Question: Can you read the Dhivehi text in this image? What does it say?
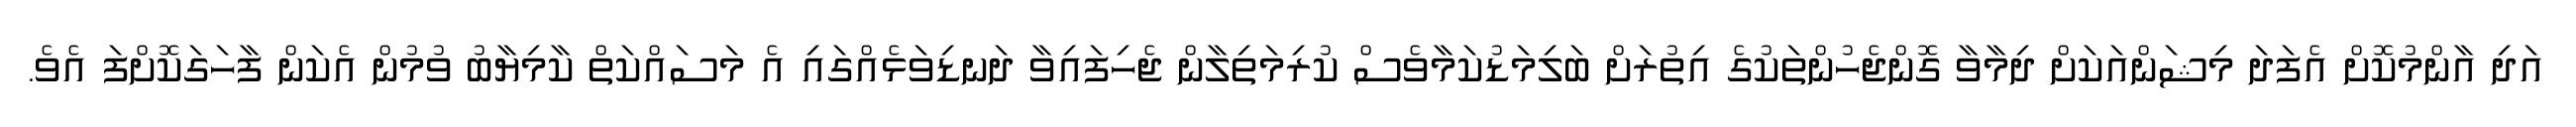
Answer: އަދި އާންމުކޮށް އެފަދަ މިޝަންއަކަށް ދިމާވާ ގޮންޖެހުންތަކުގެ އިތުރަށް ބަލިމަޑުކަމާވެސް ކުރިމަތިލާން ޖެހިފައިވާ ދަނޑިވަޅެއްގައި އެ މަސައްކަތް ކާމިޔާބު ވުމުން އެކަން ފާހަގަކޮށްފަ އެވެ.